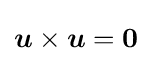
{\boldsymbol {u}}\times {\boldsymbol {u}}={\boldsymbol {0}}